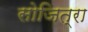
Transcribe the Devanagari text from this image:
सोजित्रा